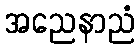
အညေနာညံ